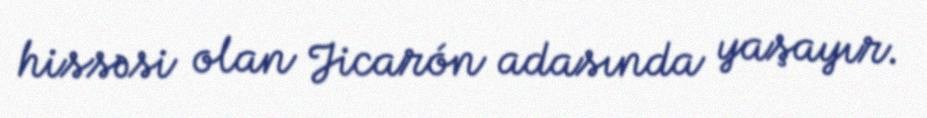
hissəsi olan Jicarón adasında yaşayır.